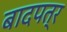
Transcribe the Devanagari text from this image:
बादपत्र